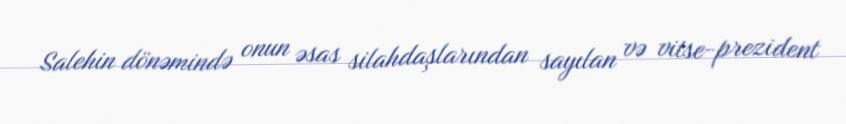
Salehin dönəmində onun əsas silahdaşlarından sayılan və vitse-prezident